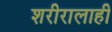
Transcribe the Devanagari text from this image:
शरीरालाही